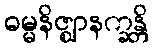
ဓမ္မနိဇ္ဈာနက္ခန္တိ